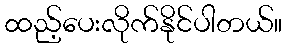
ထည့်ပေးလိုက်နိုင်ပါတယ်။